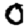
Digit: 0